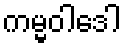
ကမ္မဝါဒေါ